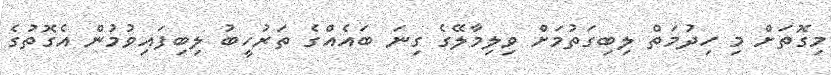
މިގޮތަށް މި ހިދުމަތް ލިބިގަތުމަށް ވިލިމާލޭގެ ގިނަ ބައެއްގެ ތަރުހީބު ލިބިފައިވުމުން އެގޮތުގެ